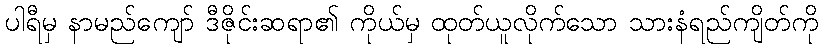
ပါရီမှ နာမည်ကျော် ဒီဇိုင်းဆရာ၏ ကိုယ်မှ ထုတ်ယူလိုက်သော သားနံရည်ကျိတ်ကို